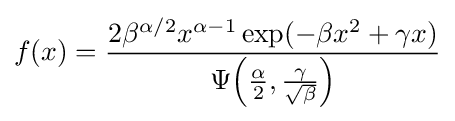
f(x)={\frac {2\beta ^{\alpha /2}x^{\alpha -1}\exp(-\beta x^{2}+\gamma x)}{\Psi {\left({\frac {\alpha }{2}},{\frac {\gamma }{\sqrt {\beta }}}\right)}}}